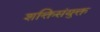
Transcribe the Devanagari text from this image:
शक्तिसंयुक्त